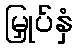
မြှုပ်နှံ